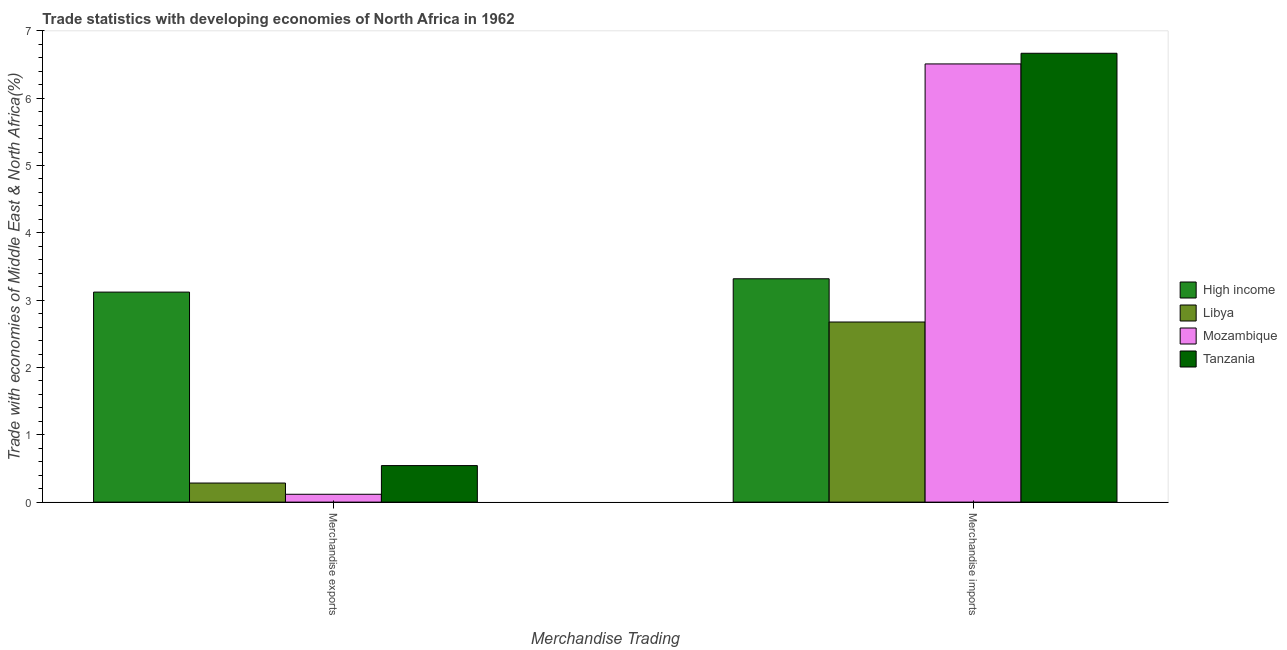
| Merchandise Trading | High income | Libya | Mozambique | Tanzania |
 | --- | --- | --- | --- | --- |
 | Merchandise exports | 3.12 | 0.283 | 0.117 | 0.543 |
 | Merchandise imports | 3.32 | 2.68 | 6.51 | 6.67 |